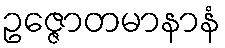
ဥဇ္ဇောတမာနာနံ